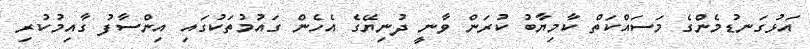
އަޅުގަނޑުމެންގެ މަސައްކަތް ކާމިޔާބު ކުރަން ވާނީ ދުނިޔޭގެ އެހެން ގައުމުތަކުގައި އިންސާފު ގާއިމުކުރި